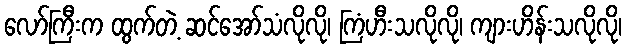
လော်ကြီးက ထွက်တဲ့ ဆင်အော်သံလိုလို၊ ကြံဟီးသလိုလို၊ ကျားဟိန်းသလိုလို၊